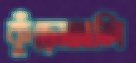
কুঁড়োজালি